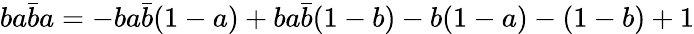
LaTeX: ba\bar{b}a=-ba\bar{b}(1-a)+ba\bar{b}(1-b)-b(1-a)-(1-b)+1